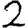
Digit: 2